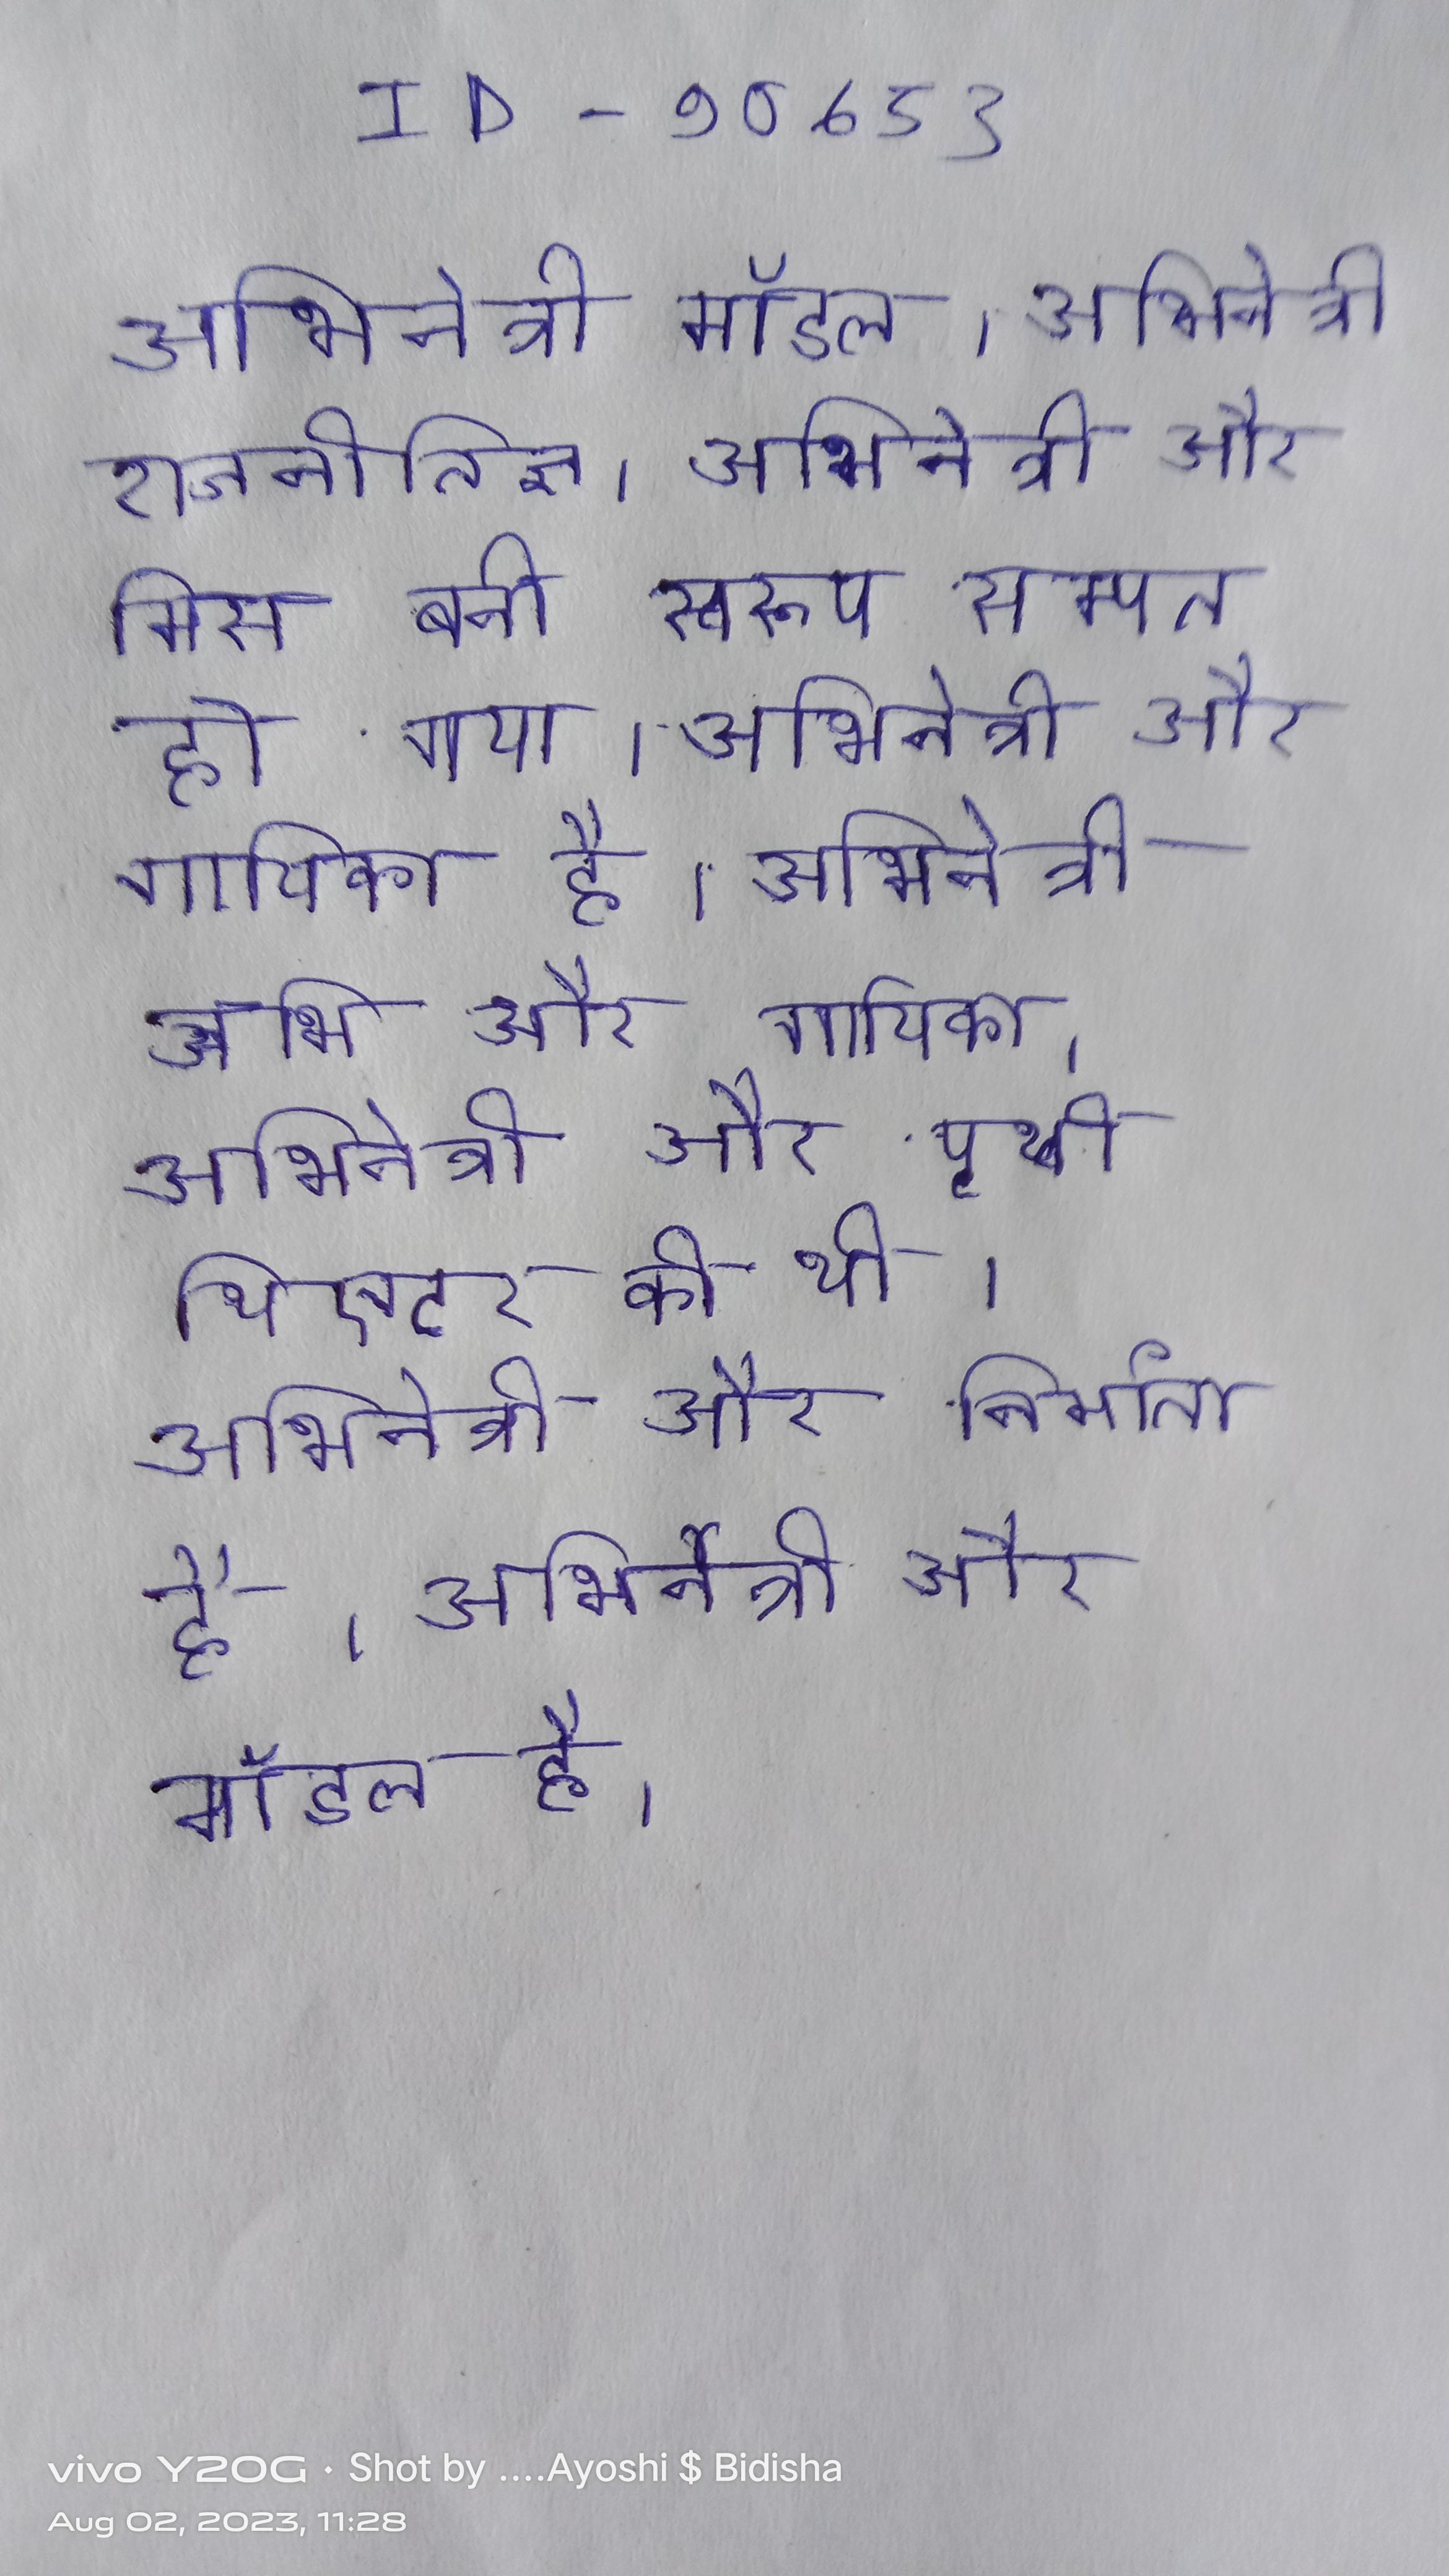
अभिनेत्री मॉडल । अभिनेत्री राजनीतिज्ञ । अभिनेत्री और मिस बनी स्वरूप सम्पत के साथ इनका विवाह हो गया । अभिनेत्री और गायिका है । अभिनेत्री और गायिका । अभिनेत्री और पृथ्वी थिएटर की थी । अभिनेत्री और निर्माता है । अभिनेत्री और मॉडल है ।